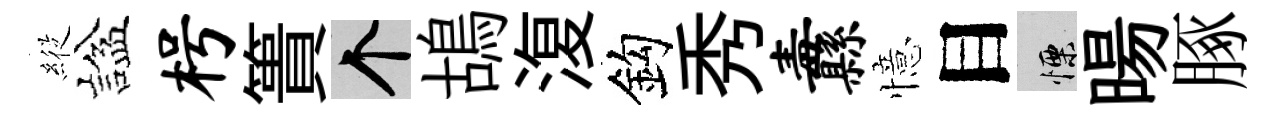
𦂵諡枵簣个鴣𣸪鈎秀纛憶目慄暘䐁